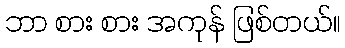
ဘာ စား စား အကုန် ဖြစ်တယ်။